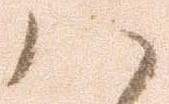
ハ